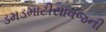
ડમડમાટીસાવજની